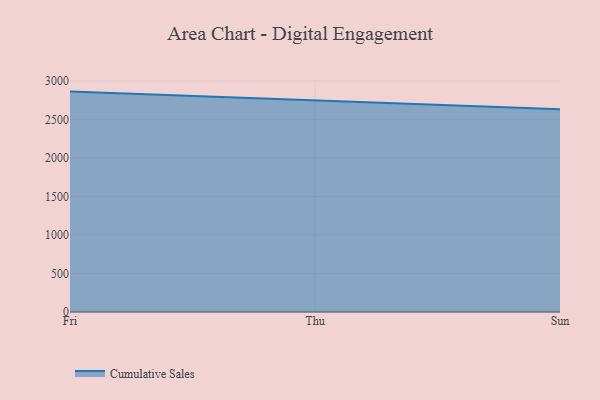
{"axis": {"x": "Day", "y": "Energy Usage (MWh)"}, "legend": ["Cumulative Sales"], "data": [{"x": "Fri", "y": 2862.8, "type": "Cumulative Sales"}, {"x": "Thu", "y": 2750.4, "type": "Cumulative Sales"}, {"x": "Sun", "y": 2634.4, "type": "Cumulative Sales"}]}